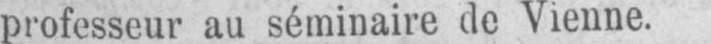
professeur au séminaire de Vienne.